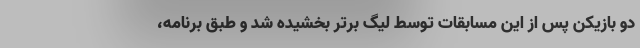
دو بازیکن پس از این مسابقات توسط لیگ برتر بخشیده شد و طبق برنامه،